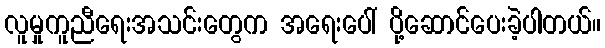
လူမှုကူညီရေးအသင်းတွေက အရေးပေါ် ပို့ဆောင်ပေးခဲ့ပါတယ်။